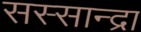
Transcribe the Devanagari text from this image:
सस्सान्द्रा